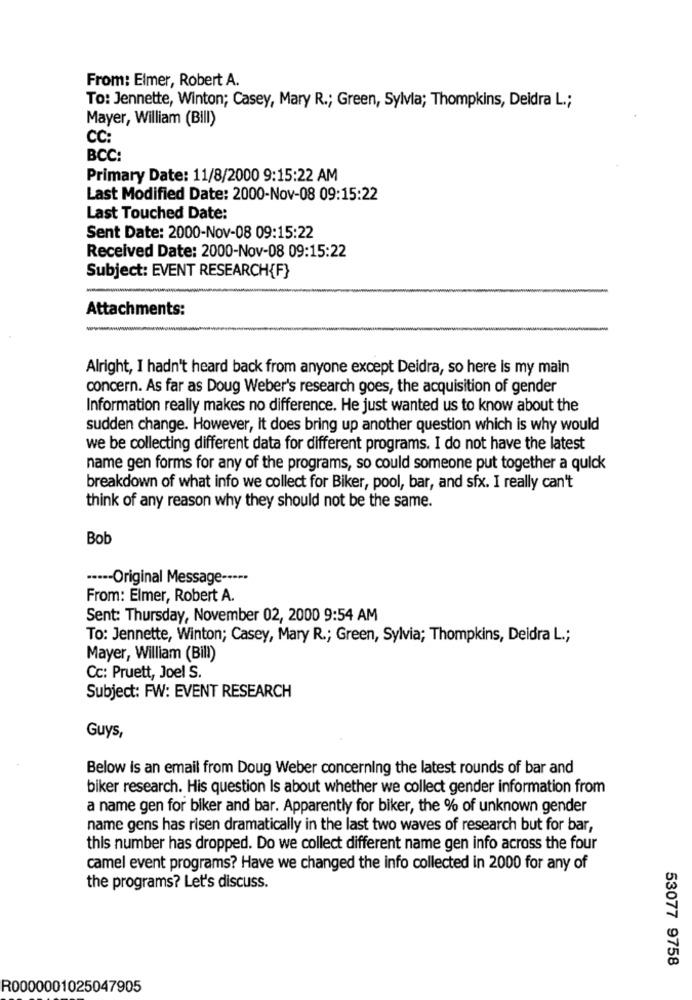
From: Elmer, Robert A.
To: Jennette, Winton; Casey, Mary R .; Green, Sylvia; Thompkins, Deidra L .;
Mayer, William (BilI)
CC:
BCC:
Primary Date: 11/8/2000 9:15:22 AM
Last Modified Date: 2000-Nov-08 09:15:22
Last Touched Date:
Sent Date: 2000-Nov-08 09:15:22
Received Date: 2000-Nov-08 09:15:22
Subject: EVENT RESEARCH{F}
Attachments:
Alright, I hadn't heard back from anyone except Deidra, so here is my main
concern. As far as Doug Weber's research goes, the acquisition of gender
Information really makes no difference. He just wanted us to know about the
sudden change. However, It does bring up another question which is why would
we be collecting different data for different programs. I do not have the latest
name gen forms for any of the programs, so could someone put together a quick
breakdown of what info we collect for Biker, pool, bar, and sfx. I really can't
think of any reason why they should not be the same.
Bob
----- Original Message ----·
From: Elmer, Robert A.
Sent: Thursday, November 02, 2000 9:54 AM
To: Jennette, Winton; Casey, Mary R .; Green, Sylvia; Thompkins, Deidra L .;
Mayer, William (Bill)
Cc: Pruett, Joel S.
Subject: FW: EVENT RESEARCH
Guys,
Below is an email from Doug Weber concerning the latest rounds of bar and
biker research. His question Is about whether we collect gender information from
a name gen for biker and bar. Apparently for biker, the % of unknown gender
name gens has risen dramatically in the last two waves of research but for bar,
this number has dropped. Do we collect different name gen info across the four
camel event programs? Have we changed the info collected in 2000 for any of
the programs? Let's discuss.
53077 9758
R0000001025047905